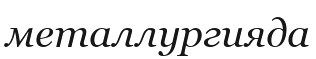
металлургияда